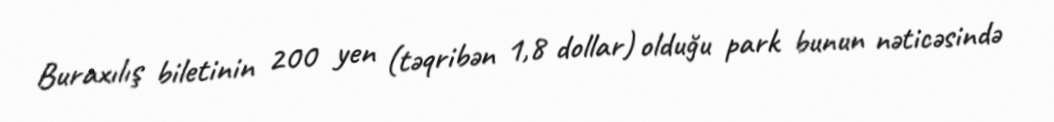
Buraxılış biletinin 200 yen (təqribən 1,8 dollar) olduğu park bunun nəticəsində